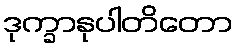
ဒုက္ခာနုပါတိတော